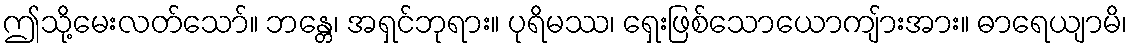
ဤသို့မေးလတ်သော်။ ဘန္တေ၊ အရှင်ဘုရား။ ပုရိမဿ၊ ရှေးဖြစ်သောယောကျ်ားအား။ ဓာရေယျာမိ၊